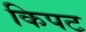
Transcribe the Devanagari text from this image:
किपट